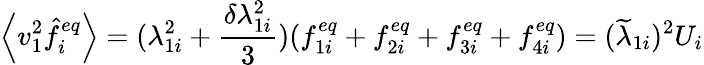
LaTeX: \left\langle v_{1}^{2}\hat{f}_{i}^{eq}\right\rangle=(\lambda_{1i}^{2}+\frac{\delta\lambda_{1i}^{2}}{3})(f_{1i}^{eq}+f_{2i}^{eq}+f_{3i}^{eq}+f_{4i}^{eq})=(\widetilde{\lambda}_{1i})^{2}U_{i}